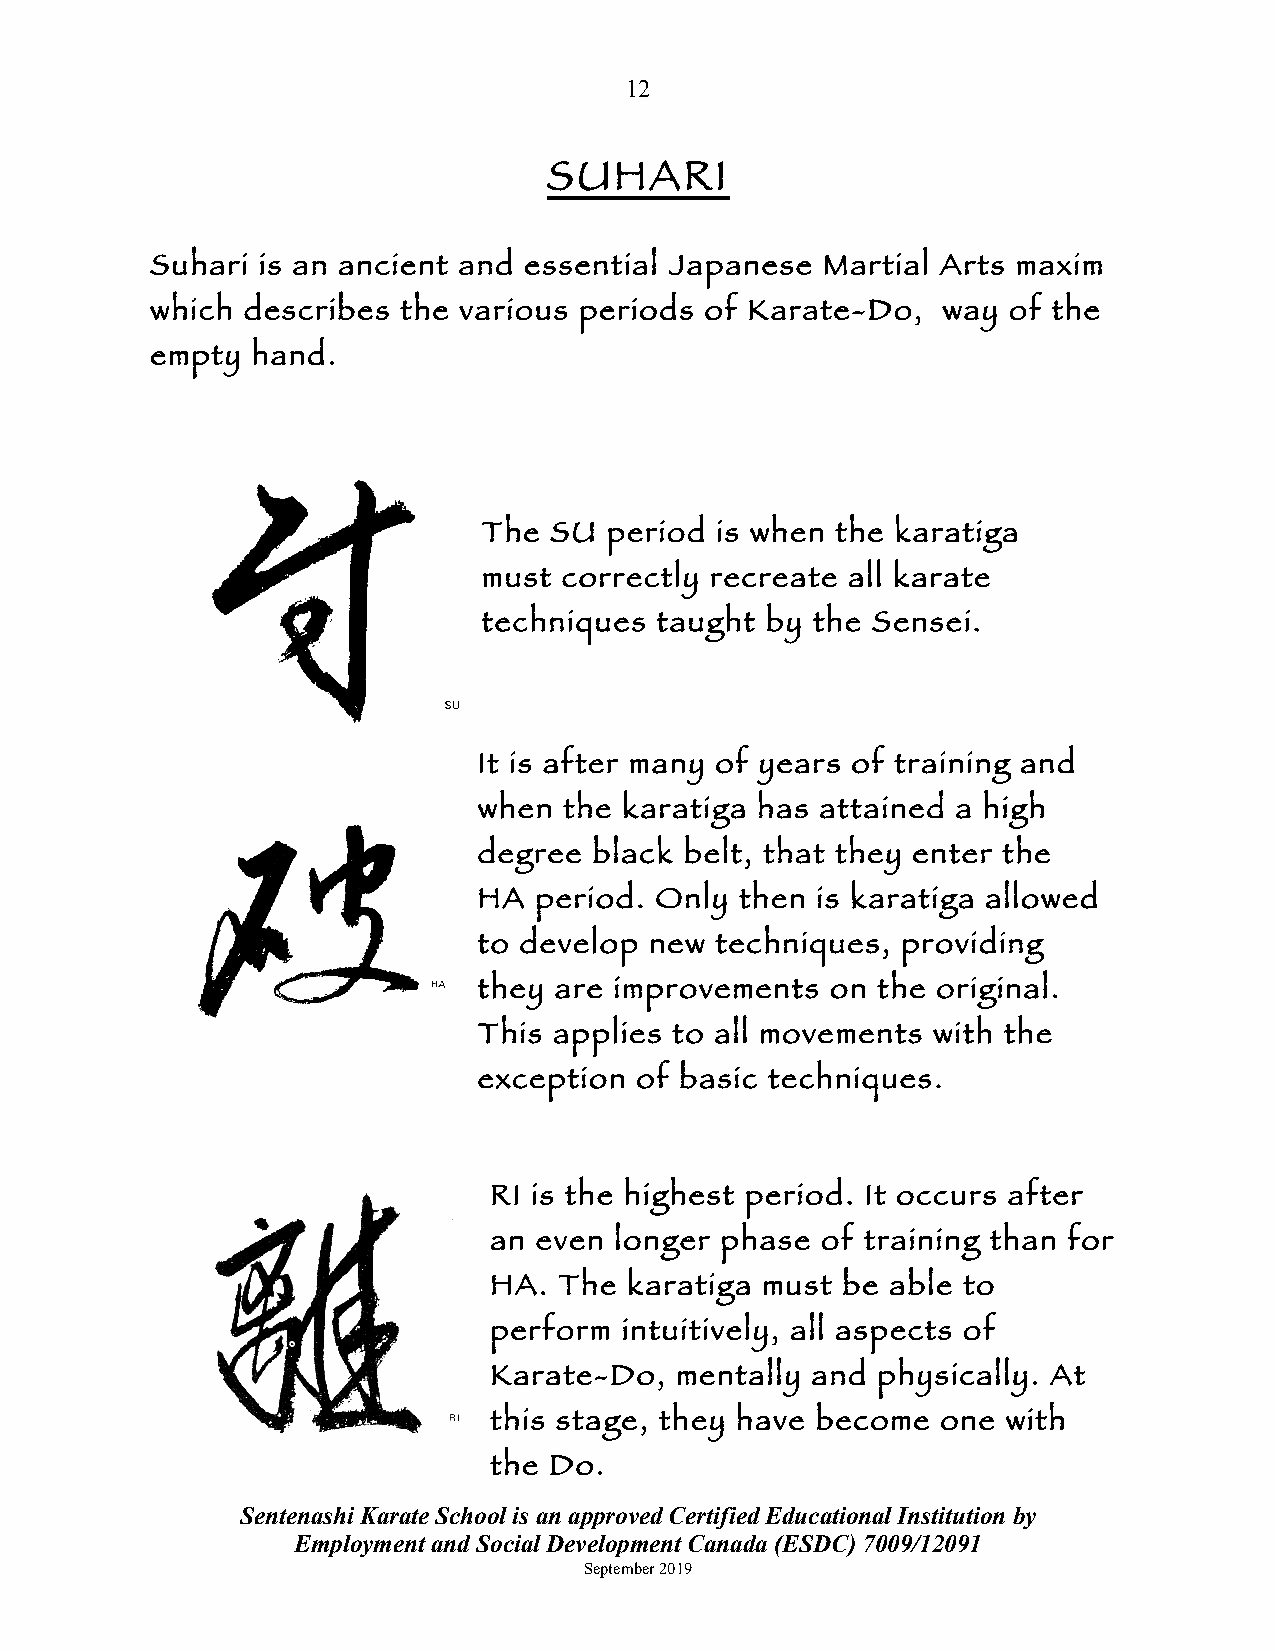
12
 SUHARI
 Suhari is an ancient and essential Japanese Martial Arts maxim
 which describes  the various periods of Karate-Do,  way  of the
 empty  hand.
 The SU  period is when the karatiga
 must correctly recreate all karate
 techniques taught  by the Sensei.
 It is after many of years of training and
 when the karatiga has attained a high
 degree black belt, that they enter the
 HA period. Only  then is karatiga allowed
 to develop new techniques,  providing
 they are improvements  on the original.
 This applies to all movements with the
 exception of basic techniques.
 RI is the highest period. It occurs after
 an even  longer phase of training than for
 HA.  The  karatiga must be able to
 perform  intuitively, all aspects of
 Karate-Do,   mentally and physically. At
 this stage, they have become  one  with
 the Do.
 Sentenashi Karate School is an approved Certified Educational Institution by
 Employment and Social Development Canada (ESDC) 7009/12091
 September 2019